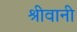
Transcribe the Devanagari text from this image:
श्रीवानी